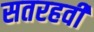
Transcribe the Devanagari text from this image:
सतरहवी